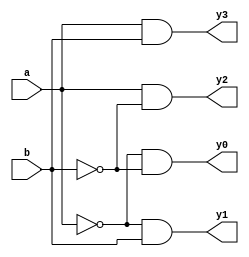
module decoder(input a,
              input b,
              output y0,
              output y1,
              output y2,
               output y3);
wire aa,bb;
  not not1(aa,a);
  not not2(bb,b);
  and and1(y0,aa,bb);
  and and2(y1,aa,b);
  and and3(y2,a,bb);
  and and4(y3,a,b);
endmodule